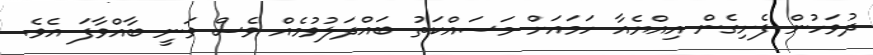
ދުވަހުން ފެށިގެން އިއްޔެއާ ހަމައަށް މަސައްކަތު ބައްދަލުވުމެއް ވެސް ވަނީ ބާއްވާފަ އެވެ.